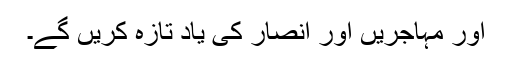
اور مہاجریں اور انصار کی یاد تازہ کریں گے۔